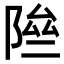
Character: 𨹶